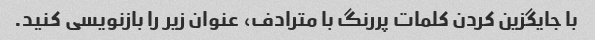
با جایگزین کردن کلمات پررنگ با مترادف، عنوان زیر را بازنویسی کنید.